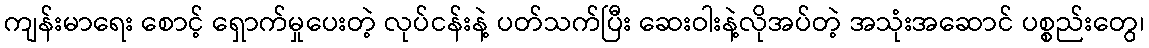
ကျန်းမာရေး စောင့် ရှောက်မှုပေးတဲ့ လုပ်ငန်းနဲ့ ပတ်သက်ပြီး ဆေးဝါးနဲ့လိုအပ်တဲ့ အသုံးအဆောင် ပစ္စည်းတွေ၊